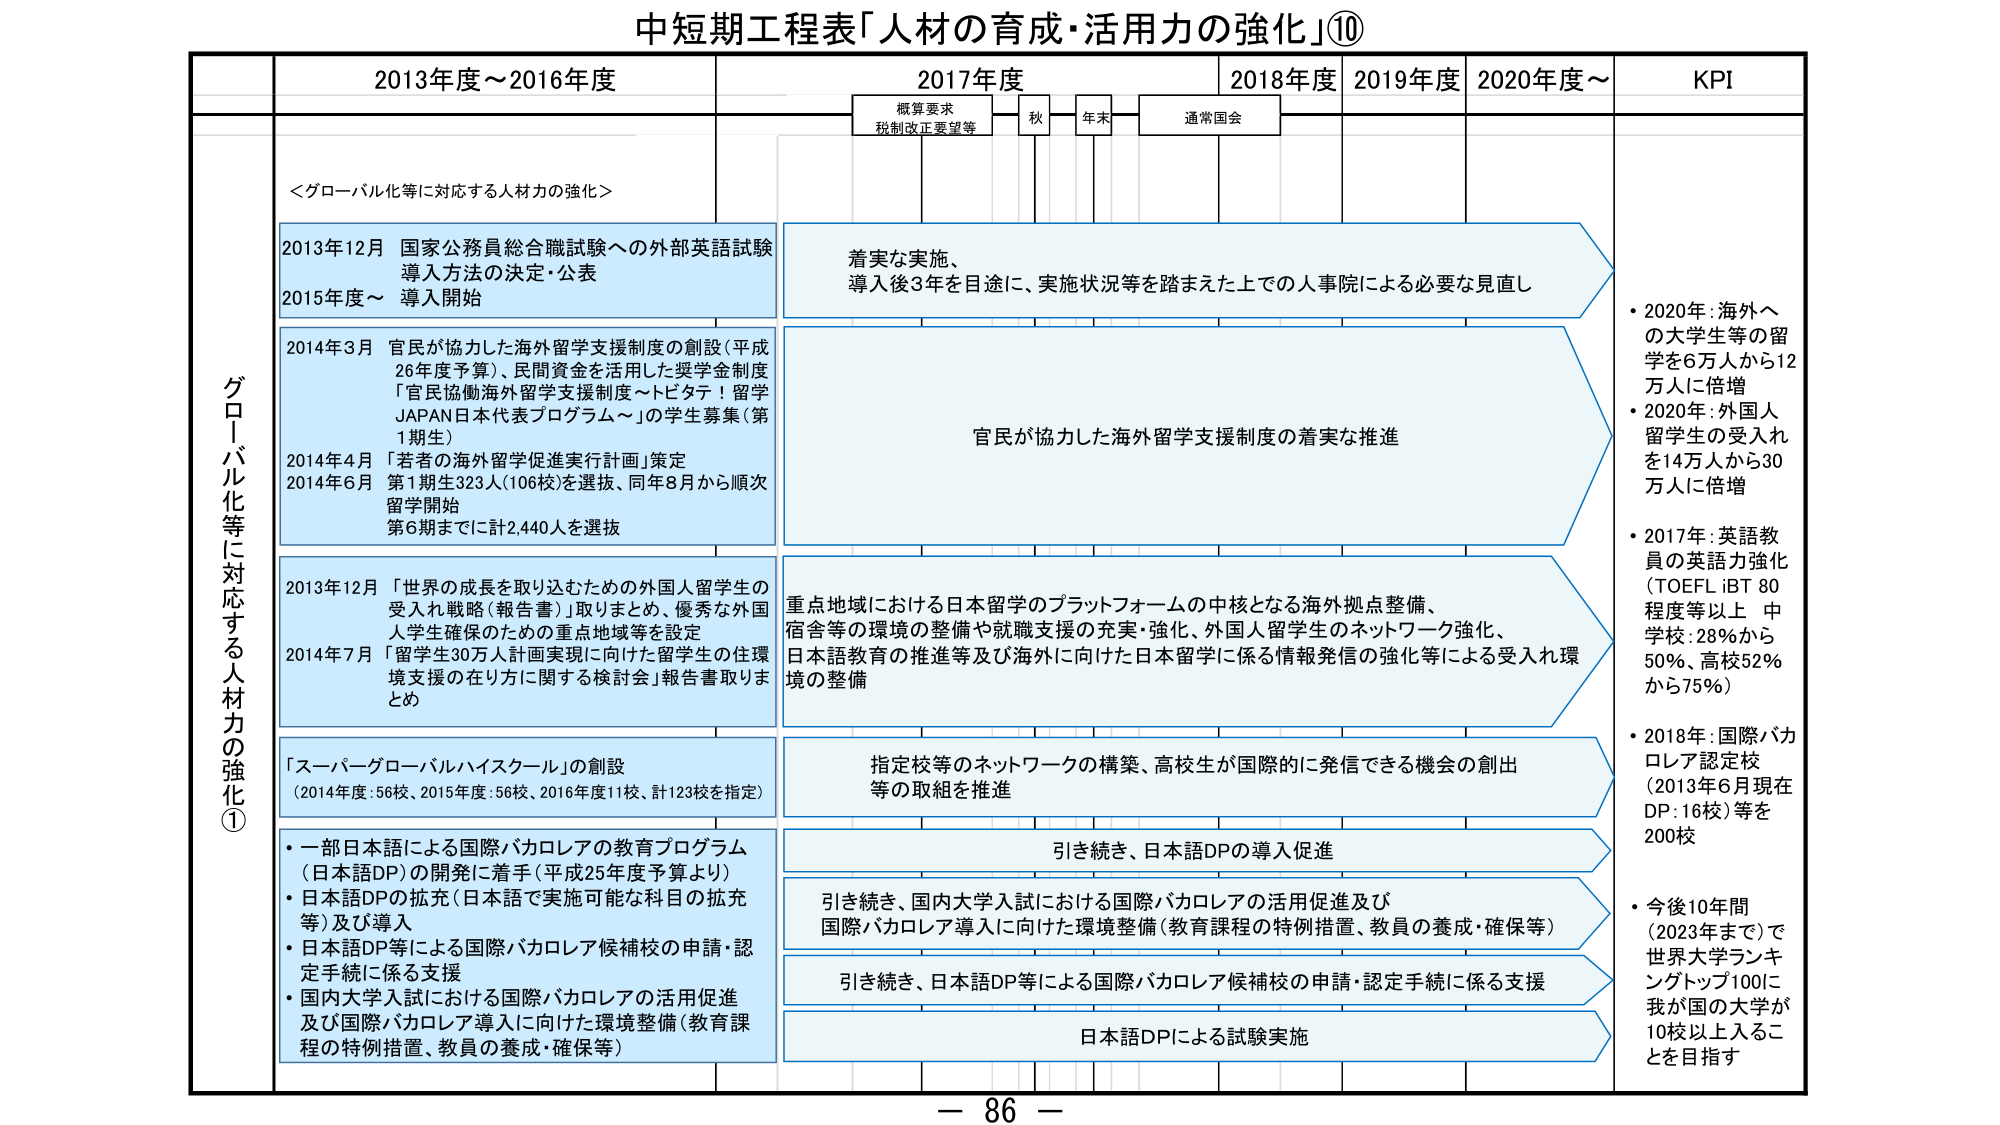
中短期工程表「人材の育成・活用力の強化」⑩

2013年度～2016年度
2017年度
2018年度
2019年度
2020年度～
KPI

概算要求
税制改正要望等
秋
年末
通常国会

＜グローバル化等に対応する人材力の強化＞

2013年12月 国家公務員総合職試験への外部英語試験
導入方法の決定・公表
2015年度～ 導入開始

着実な実施、
導入後3年を目途に、実施状況等を踏まえた上での人事院による必要な見直し

2014年3月 官民が協力した海外留学支援制度の創設（平成
26年度予算）、民間資金を活用した奨学金制度
「官民協働海外留学支援制度～トビタテ！留学
JAPAN日本代表プログラム～」の学生募集（第
1期生）
2014年4月 「若者の海外留学促進実行計画」策定
2014年6月 第1期生323人（106校）を選抜、同年8月から順次
留学開始
第6期までに計2,440人を選抜

官民が協力した海外留学支援制度の着実な推進

2013年12月 「世界の成長を取り込むための外国人留学生の
受入れ戦略（報告書）」取りまとめ、優秀な外国人
学生確保のための重点地域等を設定
2014年7月 「留学生30万人計画実現に向けた留学生の住環
境支援の在り方に関する検討会」報告書取りま
とめ

重点地域における日本留学のプラットフォームの中核となる海外拠点整備、
宿舎等の環境の整備や就職支援の充実・強化、外国人留学生のネットワーク強化、
日本語教育の推進等及び海外に向けた日本留学に係る情報発信の強化等による受入れ環
境の整備

「スーパーグローバルハイスクール」の創設
（2014年度：56校、2015年度：56校、2016年度：11校、計123校を指定）

指定校等のネットワークの構築、高校生が国際的に発信できる機会の創出
等の取組を推進

・一部日本語による国際バカロレアの教育プログラム
（日本語DP）の開発に着手（平成25年度予算より）
・日本語DPの拡充（日本語で実施可能な科目の拡充
等）及び導入
・日本語DP等による国際バカロレア候補校の申請・認
定手続に係る支援
・国内大学入試における国際バカロレアの活用促進
及び国際バカロレア導入に向けた環境整備（教育課
程の特例措置、教員の養成・確保等）

引き続き、日本語DPの導入促進

引き続き、国内大学入試における国際バカロレアの活用促進及び
国際バカロレア導入に向けた環境整備（教育課程の特例措置、教員の養成・確保等）

引き続き、日本語DP等による国際バカロレア候補校の申請・認定手続に係る支援

日本語DPによる試験実施

・2020年：海外へ
の大学生等の留
学を6万人から12
万人に倍増
・2020年：外国人
留学生の受入れ
を14万人から30
万人に倍増
・2017年：英語教
員の英語力強化
（TOEFL iBT 80
程度等以上 中
学校：28％から
50％、高校52％
から75％）
・2018年：国際バカ
ロレア認定校
（2013年6月現在
DP：16校）等を
200校
・今後10年間
（2023年まで）で
世界大学ランキ
ングトップ100に
我が国の大学が
10校以上入るこ
とを目指す

－ 86 －